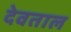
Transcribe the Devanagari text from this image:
देवताल